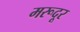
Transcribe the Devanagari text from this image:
मरूदूर